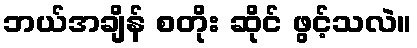
ဘယ်အချိန် စတိုး ဆိုင် ဖွင့်သလဲ။